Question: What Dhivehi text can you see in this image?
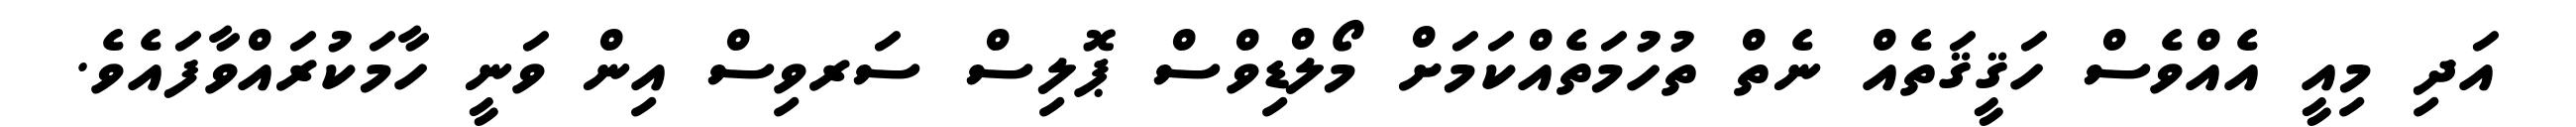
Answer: އަދި މިއީ އެއްވެސް ހަޤީޤަތެއް ނެތް ތުހުމަތެއްކަމަށް މޯލްޑިވްސް ޕޮލިސް ސަރވިސް އިން ވަނީ ހާމަކުރައްވާފައެވެ.